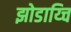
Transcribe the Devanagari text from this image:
झोडाय्चि